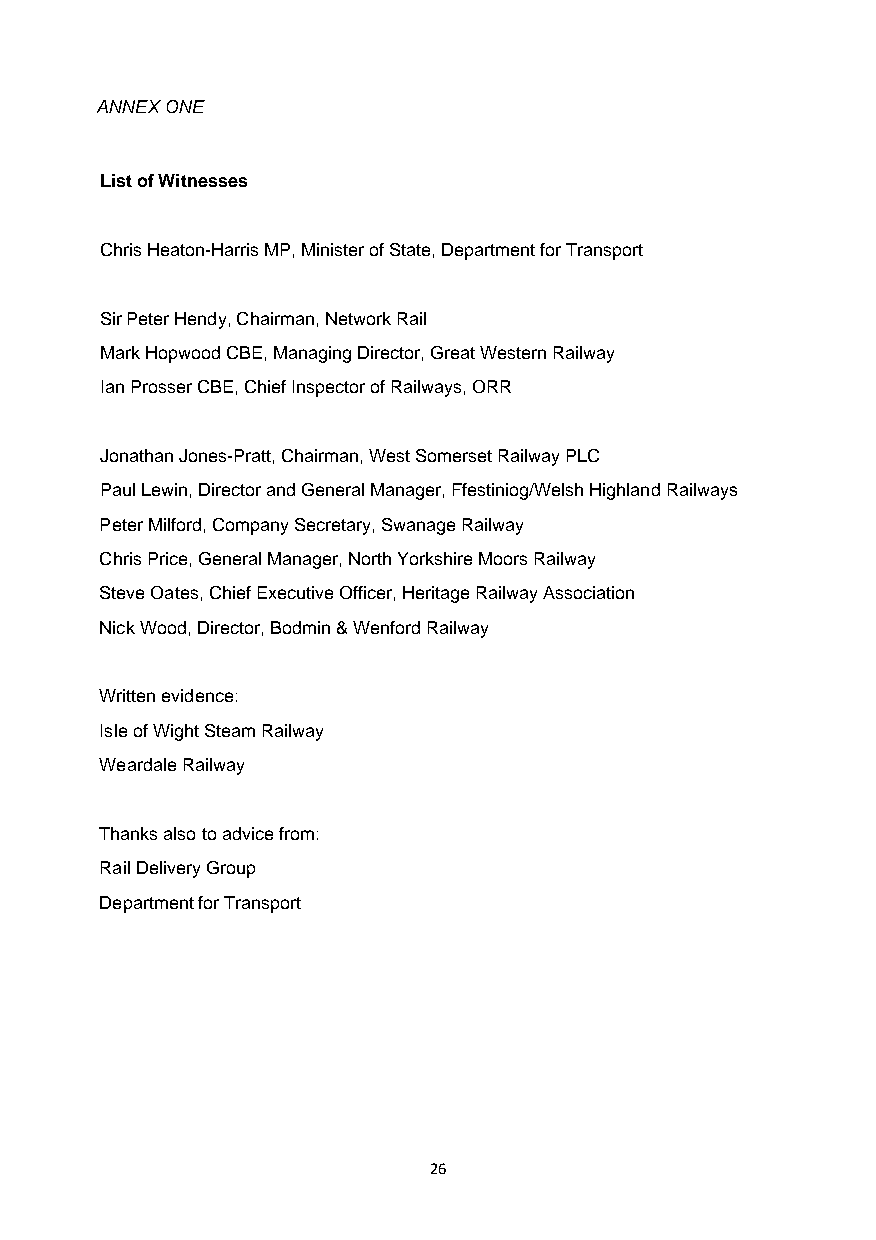
ANNEX ONE
 List of Witnesses
 Chris Heaton-Harris MP, Minister of State, Department for Transport
 Sir Peter Hendy, Chairman, Network Rail
 Mark Hopwood CBE, Managing Director, Great Western Railway
 Ian Prosser CBE, Chief Inspector of Railways, ORR
 Jonathan Jones-Pratt, Chairman, West Somerset Railway PLC
 Paul Lewin, Director and General Manager, Ffestiniog/Welsh Highland Railways
 Peter Milford, Company Secretary, Swanage Railway
 Chris Price, General Manager, North Yorkshire Moors Railway
 Steve Oates, Chief Executive Officer, Heritage Railway Association
 Nick Wood, Director, Bodmin & Wenford Railway
 Written evidence:
 Isle of Wight Steam Railway
 Weardale Railway
 Thanks also to advice from:
 Rail Delivery Group
 Department for Transport
 26